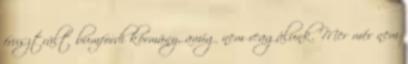
frusztrált bumfordi kórmány, amíg nem reagálunk. Mer mér nem